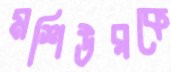
মশিউরকে